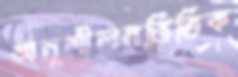
অনুশীলনভিত্তিক